Lunatic asylums Madras 1892-1911 - 1892-1911
Year: 1892
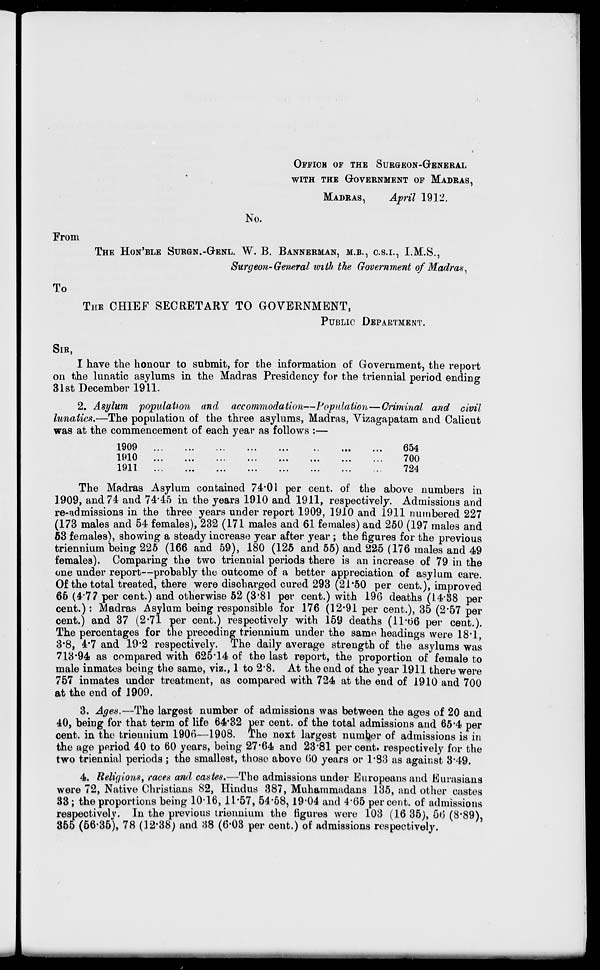
OFFICE OF THE SURGEON-GENERAL
WITH THE GOVERNMENT OF MADRAS,
MADRAS,
April 1912.
No.
Prom
To
THE HON'BLE SURGN.-GENL. W. B. BANNERMAN, M.B., C.S.I., I.M.S.,
Surgeon-General with the Government of Madras.
THE CHIEF SECRETARY TO GOVERNMENT,
PUBLIC DEPARTMENT.
SIR,
I have the honour to submit, for the information of Government, the report
on the lunatic asylums in the Madras Presidency for the triennial period ending
31st December 1911.
2. Asylum population and accommodation—Population—Criminal and civil
lunatics.—The population of the three asylums, Madras, Vizagapatam and Calicut
was at the commencement of each year as follows :—
1909
1910
1911
654
700
724
The Madras Asylum contained 74-01 per cent, of the above numbers in
1909, and 74 and 74*45 in the years 1910 and 1911, respectively. Admissions and
re-admissions in the three years under report 1909, 1910 and 1911 numbered 227
(173 males and 54 females), 232 (171 males and 61 females) and 250 (197 males and
53 females), showing a steady increase year after year ; the figures for the previous
triennium being 225 (166 and 59), 180 (125 and 55) and 225 (176 males and 49
females). Comparing the two triennial periods there is an increase of 79 in the
one under report—probably the outcome of a better appreciation of asylum care.
Of the total treated, there were discharged cured 293 (21*50 per cent.), improved
65 (4*77 per cent.) and otherwise 52 (3'81 per cent.) with 196 deaths (14-38 per
cent.): Madras Asylum being responsible for 176 (12*91 per cent.), 35 (2*57 per-
cent.) and 37 (2-71 per cent.) respectively with 159 deaths (11*06 per cent.).
The percentages for the preceding triennium under the same headings were 18*1,
3*8, 4*7 and 19'2 respectively. The daily average strength of the asylums was
713*94 as compared with 625*14 of the last report, the proportion of female to
male inmates being the same, viz., 1 to 2*8. At the end of the year 1911 there were
757 inmates under treatment, as compared with 724 at the end of 1910 and 700
at the end of J909.
3. Ages.—The largest number of admissions was between the ages of 20 and
40, being for that term of life 64*32 per cent, of the total admissions and 65*4 per
cent, in the trieunium 1906'—1908. The next largest numljer of admissions is in
the age period 40 to 60 years, being 27'64 and 23*81 percent, respectively for the
two triennial periods ; the smallest, those above 00 years or 1*83 as against 3*49.
4. Reli</t07t,s, races and castes.—The admissions under Europeans and Tunisians
were 72, Native Christians 82, Hindus 387, Muhammadans 135, and other castes
33; the proportions being 10-16, 11*57, 54*58, 19*04 and 4*65 percent, of admissions
respectively. In the previous triennixim the figures were 103 (16 35), 56 (8*89),
355 (56*35), 78 (12*38) and 38 (6*03 per cent.) of admissions respectively.
„